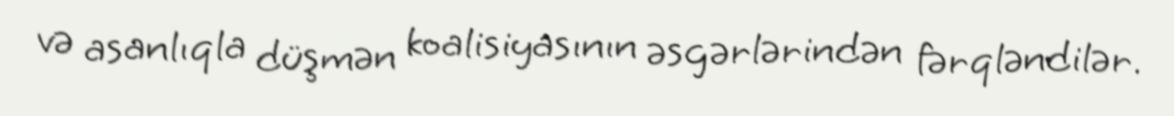
və asanlıqla düşmən koalisiyasının əsgərlərindən fərqləndilər.